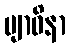
ဗျာဓိနာ